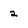
Character: 2